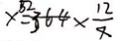
x = 3 6 4 \times \frac { 1 2 } { 7 }